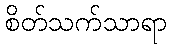
စိတ်သက်သာရာ